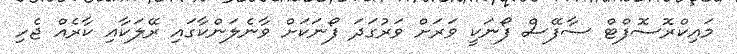
މައިކްރޮސޮފްޓް ސާފޭސް ފޯނަކީ ވަރަށް ވަރުގަދަ ފޯނަކަށް ވާނެލަންކާގައި ރޭލަކާއި ކާރެއް ޖެހި